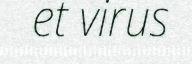
et virus